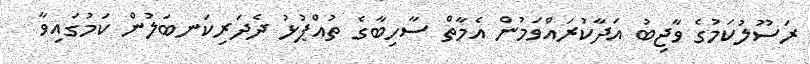
ރަސޫލުކަމުގެ ވާޖިބު އަދާކުރައްވަމުން އެމާތް ސާހިބާގެ ތުއްޕުޅު ދެދަރިކަނބަލުން ކަމުގައިވާ